Indian journal of veterinary science and animal husbandry - Volumes 26-27, 1956-1957
Year: 1956
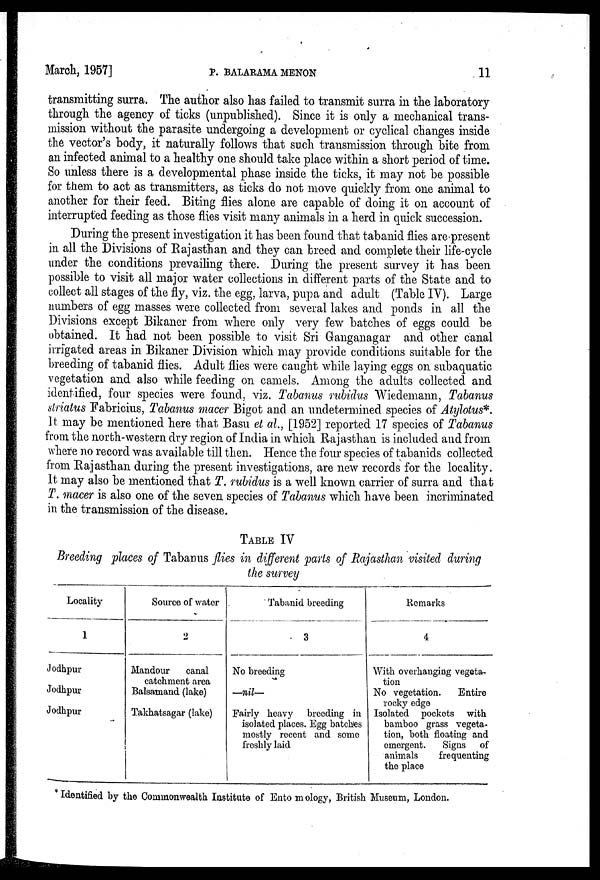
March, 1957]
P.
BALARAMA
MENON
11
transmitting surra. The author also has failed to transmit surra in the laboratory-
through the agency of ticks (unpublished). Since it is only a mechanical trans-
mission without the parasite undergoing a development or cyclical changes inside
the vector's body, it naturally follows that such transmission through bite from
an infected animal to a healthy one should take place within a short period of time.
So unless there is a developmental phase inside the ticks, it may not be possible
for them to act as transmitters, as ticks do not move quickly from one animal to
another for their feed. Biting flies alone are capable of doing it on account of
interrupted feeding as those flies visit many animals in a herd in quick succession.
During the present investigation it has been found that tabanid flies are present
in all the Divisions of Rajasthan and they can breed and complete their life-cycle
under the conditions prevailing there. During the present survey it has been
possible to visit all major water collections in different parts of the State and to
collect all stages of the fly, viz. the egg, larva, pupa and adult (Table IV). Large
numbers of egg masses were collected from several lakes and ponds in all the
Divisions except Bikaner from where only very few batches of eggs could be
obtained. It had not been possible to visit Sri Ganganagar and other canal
irrigated areas in Bikaner Division which may provide conditions suitable for the
breeding of tabanid flies. Adult flies were caught while laying eggs on subaquatic
vegetation and also while feeding on camels. Among the adults collected and
identified, four species were found, viz. Tabanus rubidus Wiedemann, Tabanus
striatus Fabricius, Tabanus macer Bigot and an undetermined species of Atylotus*.
It may be mentioned here that Basu et al., [1952] reported 17 species of Tabanus
from the north-western dry region of India in which Rajasthan is included and from
where no record was available till then. Hence the four species of tabanids collected
from Rajasthan during the present investigations, are new records for the locality.
It may also be mentioned that T. rubidus is a well known carrier of surra and that
T. macer is also one of the seven species of Tabanus which have been incriminated
in the transmission of the disease.
TABLE IV
Breeding places of Tabanus flies in different parts of Rajasthan visited during
the survey
Locality
1
Jodhpur
Jodhpur
Jodhpur
Source of water
2
Mandour
canal
catchment area
Balsaniand (lake)
Takhatsagar (lake)
Tabanid breeding
3
No breeding
—nil—
Fairly heavy breeding in
isolated places. Egg batchtes
mostly recent and some
freshly laid
Remarks
4
With overhanging vegeta-
tion
No vegetation.
Entire
rocky edge
Isolated pockets with
bamboo grass vegeta-
tion, both floating and
emergent.
Signs of
animals
frequenting
the place
* Identified by the Commonwealth Institute of Ento m ology, British Museum, London.